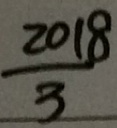
\frac { 2 0 1 8 } { 3 }